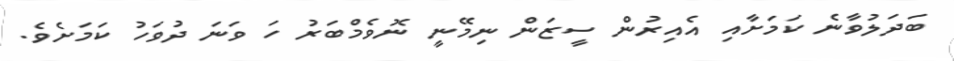
ބަދަލުވާނެ ކަމަށާއި އެއިރުން ސީޒަން ނިމޭނީ ނޮވެމްބަރު ހަ ވަނަ ދުވަހު ކަމަށެވެ.